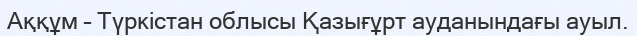
Аққұм – Түркістан облысы Қазығұрт ауданындағы ауыл.